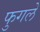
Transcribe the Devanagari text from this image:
फुगले